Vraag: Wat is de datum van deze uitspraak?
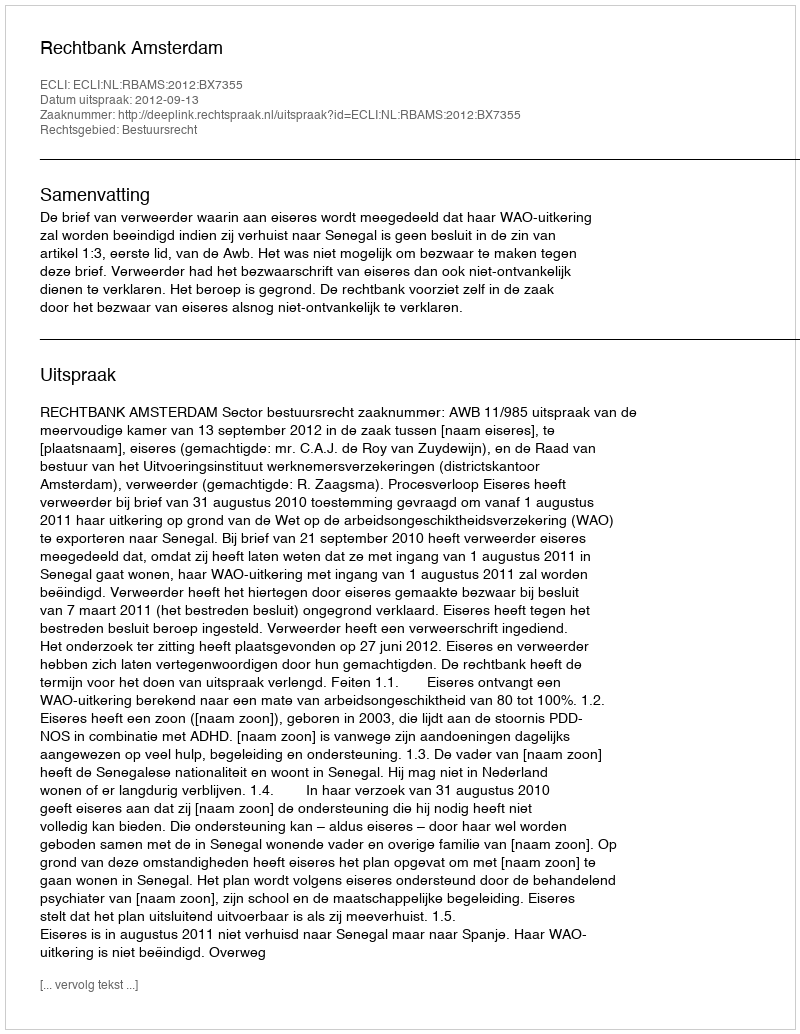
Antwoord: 2012-09-13